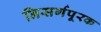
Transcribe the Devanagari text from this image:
निसर्गपूरक